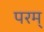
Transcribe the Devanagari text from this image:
परम्‌